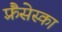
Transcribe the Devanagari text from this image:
फ़्रैंसेस्का